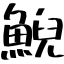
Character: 鯢